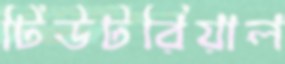
টিউটরিয়াল